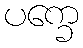
ပက္ခေ